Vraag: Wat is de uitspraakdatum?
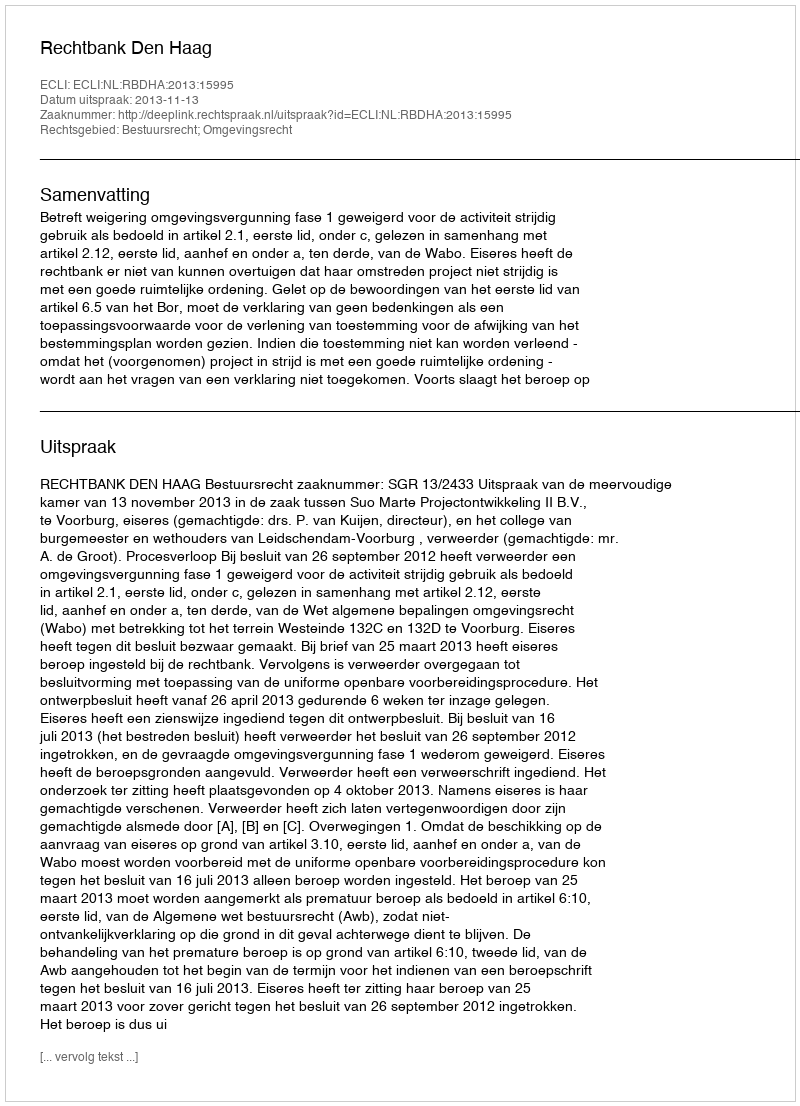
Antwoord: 2013-11-13